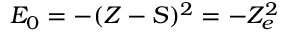
E _ { 0 } = - ( Z - S ) ^ { 2 } = - Z _ { e } ^ { 2 }